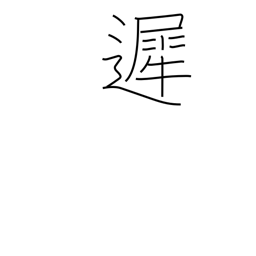
Meaning: tardy